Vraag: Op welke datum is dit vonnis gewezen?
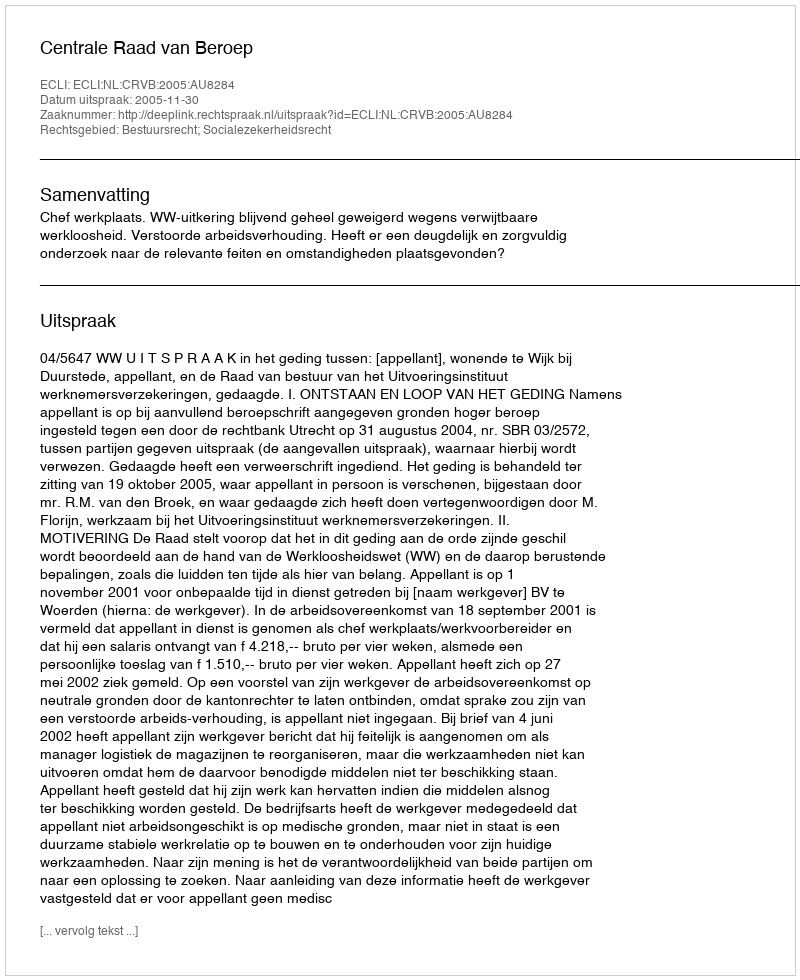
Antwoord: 2005-11-30